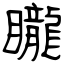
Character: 矓